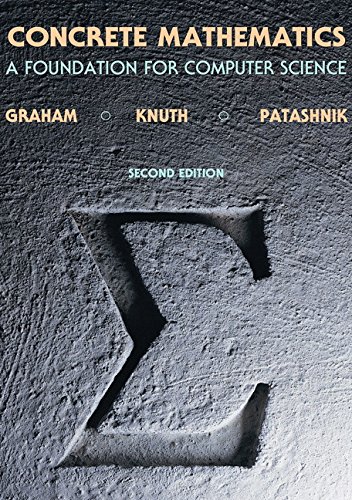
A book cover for Concrete Mathematics: A Foundation for Computer Science (2nd Edition); Ronald L. Graham; Computers & Technology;